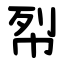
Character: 㡂